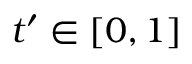
t ^ { \prime } \in [ 0 , 1 ]